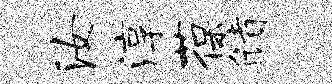
汝淳葆储